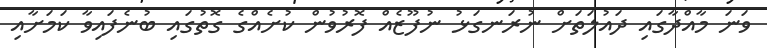
ވަނަ މާއްދާގައި ދައުލަތަށް ނުރަނގަޅު ނުފޫޒެއް ފޮރުވުން ކުށެއްގެ ގޮތުގައި ބުނެފައިވާ ކަމަށާއި